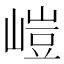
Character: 嵦